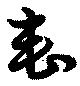
喪